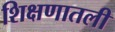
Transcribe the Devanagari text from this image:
शिक्षणातली